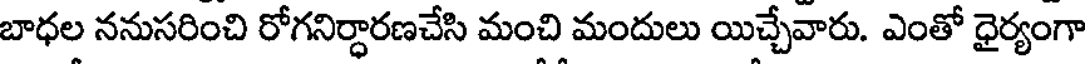
బాధల ననుసరించి రోగనిర్ధారణచేసి మంచి మందులు యిచ్చేవారు. ఎంతో ధైర్యంగా